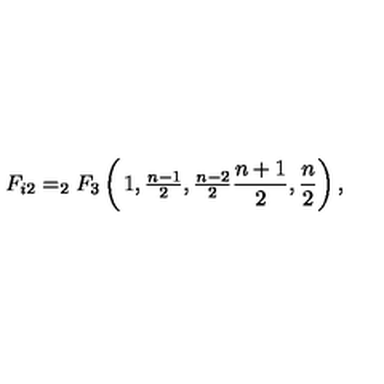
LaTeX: F _ { i 2 } = _ { 2 } F _ { 3 } \left( \begin{matrix} { 1 , \frac { n - 1 } { 2 } , \frac { n - 2 } { 2 } } \\ { \frac { n + 1 } { 2 } , \frac { n } { 2 } } \\ \end{matrix} \right) ,